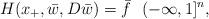
LaTeX: \begin{align*}H(x_+,\bar{w},D\bar{w}) = \bar{f}\ \ (-\infty,1]^n,\end{align*}